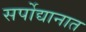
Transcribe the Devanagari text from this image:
सर्पोद्यानात